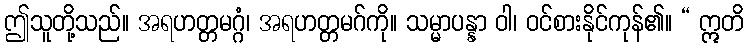
ဤသူတို့သည်။ အရဟတ္တမဂ္ဂံ၊ အရဟတ္တမဂ်ကို။ သမ္မာပန္နာ ဝါ၊ ဝင်စားနိုင်ကုန်၏။ “ ဣတိ